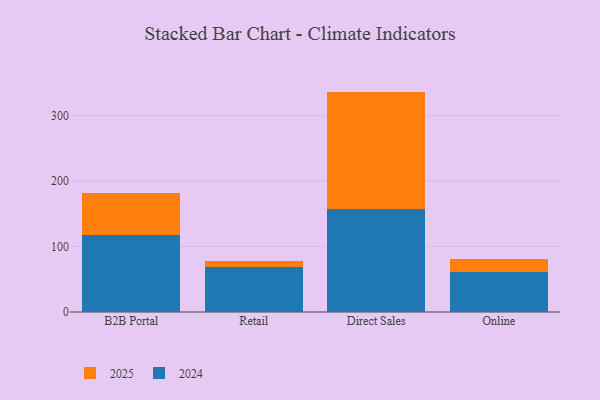
{"axis": {"x": "Channel", "y": "Churn Rate (%)"}, "legend": ["2024", "2025"], "data": [{"x": "B2B Portal", "y": 117.8, "type": "2024"}, {"x": "B2B Portal", "y": 64.6, "type": "2025"}, {"x": "Retail", "y": 68.9, "type": "2024"}, {"x": "Retail", "y": 9.5, "type": "2025"}, {"x": "Direct Sales", "y": 157.4, "type": "2024"}, {"x": "Direct Sales", "y": 179.1, "type": "2025"}, {"x": "Online", "y": 61.7, "type": "2024"}, {"x": "Online", "y": 18.7, "type": "2025"}]}